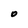
Character: o